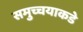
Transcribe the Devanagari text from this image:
समुच्चयाकडे